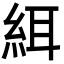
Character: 䋙